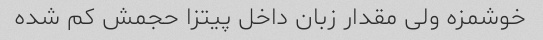
خوشمزه ولی مقدار زبان داخل پیتزا حجمش کم شده